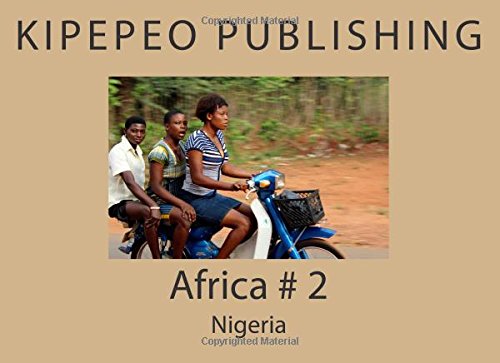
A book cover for Africa # 2: Nigeria (Volume 2); Kipepeo Publishing; Travel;